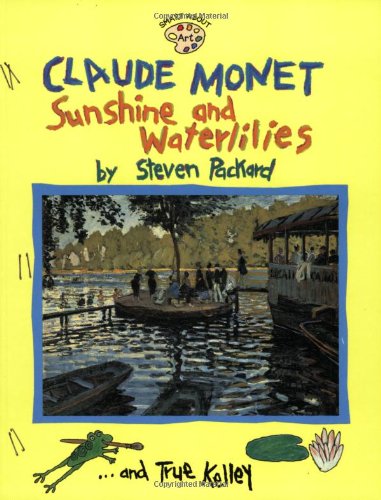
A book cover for Claude Monet: Sunshine and Waterlilies (Smart About Art); True Kelley; Children's Books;